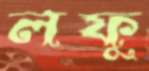
লফু